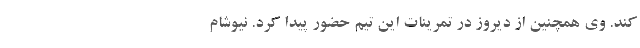
کند. وی همچنین از دیروز در تمرینات این تیم حضور پیدا کرد‌. نیوشام